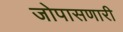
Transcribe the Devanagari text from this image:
जोपासणारी